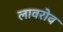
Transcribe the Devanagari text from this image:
लावरोव